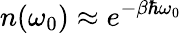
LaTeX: n(\omega_{0})\approx e^{-\beta\hbar\omega_{0}}